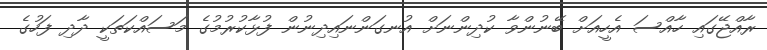
ރާއްޖޭގައި ހާއްސަ އެހީއަށް ބޭނުންވާ ކުދިންނަށް އުނގަންނައިދިނުން ފުޅާކުރުމުގެ މަސައްކަތަކީ ދާދި ފަހުގެ